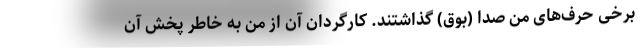
برخی حرف‌های من صدا (بوق) گذاشتند. کارگردان آن از من به خاطر پخش آن